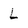
Character: L